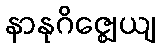
နာနုဂိဇ္ဈေယျ